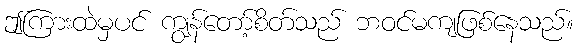
ဤကြားထဲမှပင် ကျွန်တော့်စိတ်သည် ဘဝင်မကျဖြစ်နေသည်။